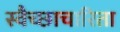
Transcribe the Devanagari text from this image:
स्वैच्छाचारिता